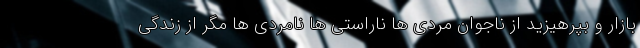
بازار و بپرهیزید از ناجوان مردی ها ناراستی ها نامردی ها مگر از زندگی